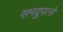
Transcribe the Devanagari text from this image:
समद्रुपत्से